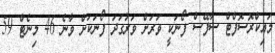
މައިކްރޮސޮފްޓް ސާފޭސް ފޯނަކީ ވަރަށް ވަރުގަދަ ފޯނަކަށް ވާނެ 46 މިނެޓް 59